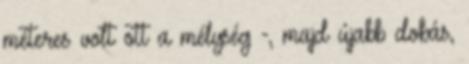
méteres volt ott a mélység -, majd újabb dobás,